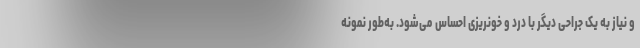
و نیاز به یک جراحی دیگر با درد و خونریزی احساس می‌شود. به‌طور نمونه